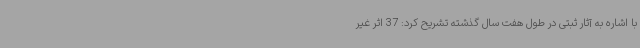
با اشاره به آثار ثبتی در طول هفت سال گذشته تشریح کرد: 37 اثر غیر